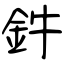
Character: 鈝